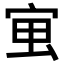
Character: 𭓱